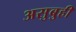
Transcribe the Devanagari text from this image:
असुबुही